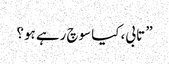
” تابی، کیا سوچ رہے ہو؟